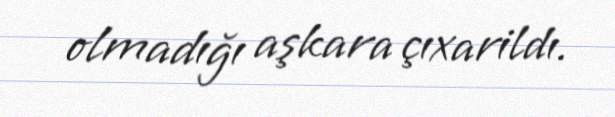
olmadığı aşkara çıxarildı.